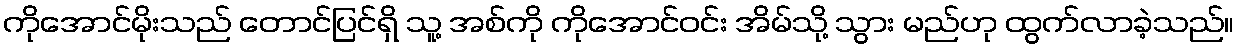
ကိုအောင်မိုးသည် တောင်ပြင်ရှိ သူ့ အစ်ကို ကိုအောင်ဝင်း အိမ်သို့ သွား မည်ဟု ထွက်လာခဲ့သည်။